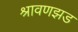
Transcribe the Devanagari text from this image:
श्रावणझड